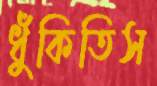
ধুঁকিতিস